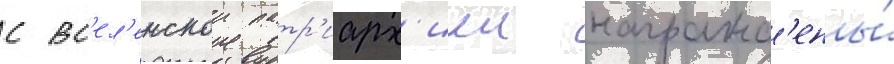
с вс'ел'енскои патр'иарх'иеи награжд'ены́